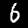
Digit: 6